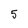
Character: 5